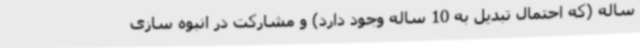
ساله (که احتمال تبدیل به 10 ساله وجود دارد) و مشارکت در انبوه سازی